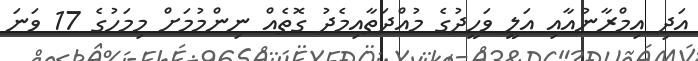
އަދި އިމްރާނުއާއި އަލީ ވަހީދުގެ މުއްދަތާއިމެދު ގޮތެއް ނިންމުމަށް މިމަހުގެ 17 ވަނަ